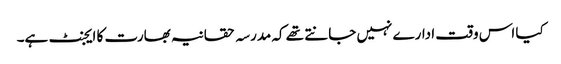
کیا اس وقت ادارے نہیں جانتے تھے کہ مدرسہ حقانیہ بھارت کا ایجنٹ ہے۔